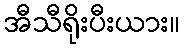
အီသီရိုးပီးယား။